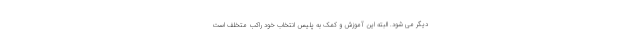
دیگر می شود. البته این آموزش و کمک به پلیس انتخاب خود راکب متخلف است